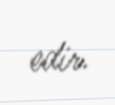
edir.